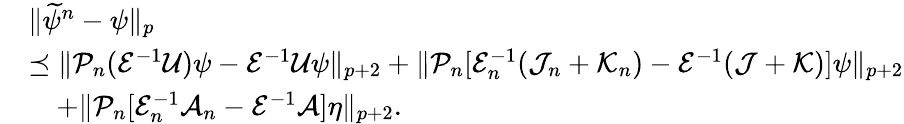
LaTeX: \begin{array}{rl}&{\| \widetilde\psi^{n}-\psi\| _{p}}\\ &{\preceq\| \mathcal{P}_{n}(\mathcal{E}^{-1}\mathcal{U})\psi-\mathcal{E}^{-1}\mathcal{U}\psi\| _{p+2}+\| \mathcal{P}_{n}[\mathcal{E}_{n}^{-1}(\mathcal{J}_{n}+\mathcal{K}_{n})-\mathcal{E}^{-1}(\mathcal{J}+\mathcal{K})]\psi\| _{p+2}}\\ &{\quad+\| \mathcal{P}_{n}[\mathcal{E}_{n}^{-1}\mathcal{A}_{n}-\mathcal{E}^{-1}\mathcal{A}]\eta\| _{p+2}.}\end{array}